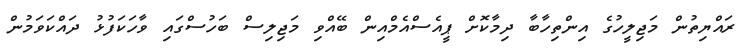
ރައްޔިތުން މަޖިލީހުގެ އިންތިހާބާ ދިމާކޮށް ޕީއެސްއެމްއިން ބޭއްވި މަޖިލިސް ބަހުސްގައި ވާހަކަފުޅު ދައްކަވަމުން